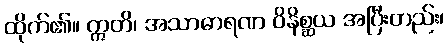
ထိုက်၏။ ဣတိ၊ အသာဓာရဏ ဝိနိစ္ဆယ အပြီးတည်း၊